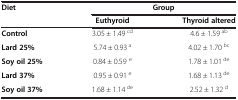
| Diet | <COLSPAN=2> Group |
 |  | Euthyroid | Thyroid altered |
 | --- | --- | --- |
 | Control | 3.05 ± 1.49 cd | 4.6 ± 1.59 ab |
 | Lard 25% | 5.74 ± 0.93 a | 4.02 ± 1.70 bc |
 | Soy oil 25% | 0.84 ± 0.59 e | 1.78 ± 1.01 de |
 | Lard 37% | 0.95 ± 0.91 e | 1.68 ± 1.13 de |
 | Soy oil 37% | 1.68 ± 1.14 de | 2.52 ± 1.32 d |